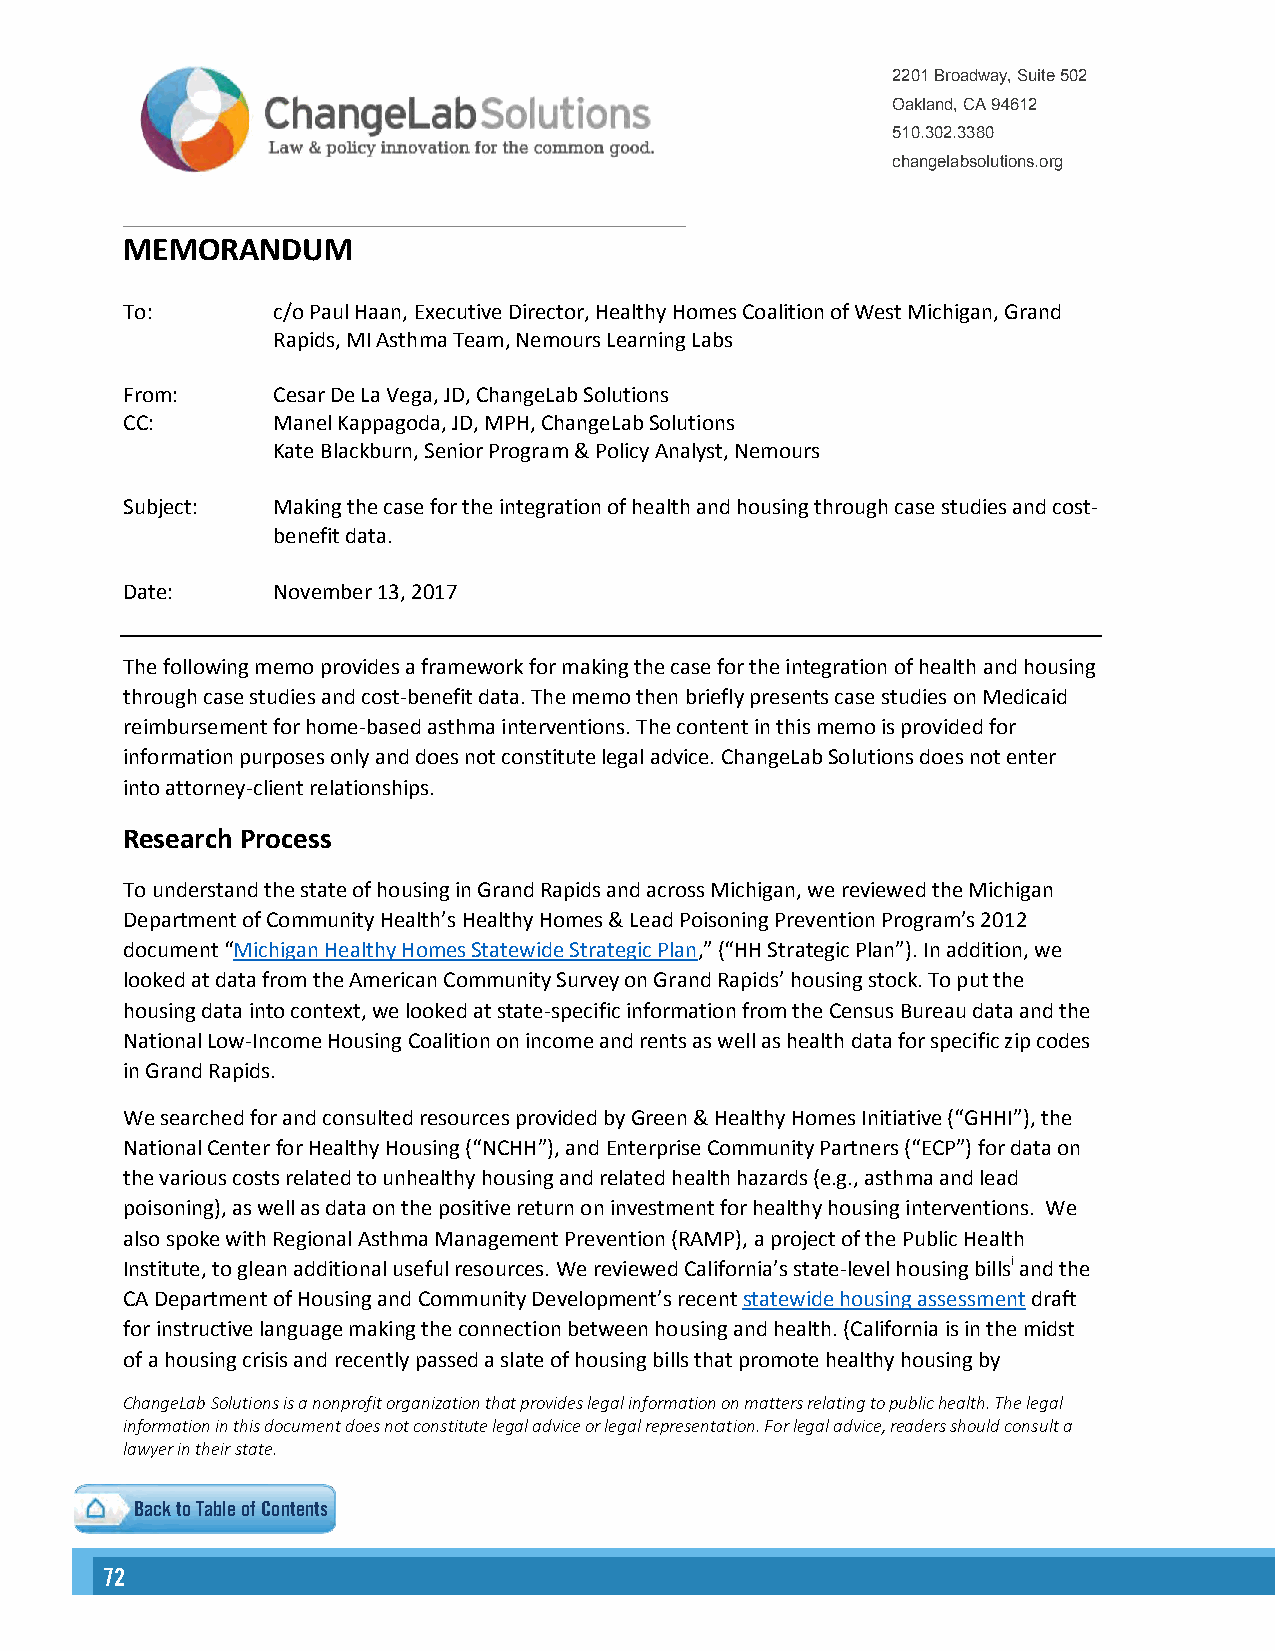
2201 Broadway, Suite 502
 Oakland, CA 94612
 510.302.3380
 changelabsolutions.org
 MEMORANDUM
 To:       c/o Paul Haan, Executive Director, Healthy Homes Coalition of West Michigan, Grand
 Rapids, MI Asthma Team, Nemours Learning Labs
 From:     Cesar De La Vega, JD, ChangeLab Solutions
 CC:       Manel Kappagoda, JD, MPH, ChangeLab Solutions
 Kate Blackburn, Senior Program & Policy Analyst, Nemours
 Subject:  Making the case for the integration of health and housing through case studies and cost-
 benefit data.
 Date:     November 13, 2017
 The following memo provides a framework for making the case for the integration of health and housing
 through case studies and cost-benefit data. The memo then briefly presents case studies on Medicaid
 reimbursement for home-based asthma interventions. The content in this memo is provided for
 information purposes only and does not constitute legal advice. ChangeLab Solutions does not enter
 into attorney-client relationships.
 Research Process
 To understand the state of housing in Grand Rapids and across Michigan, we reviewed the Michigan
 Department of Community Health’s Healthy Homes & Lead Poisoning Prevention Program’s 2012
 document “Michigan Healthy Homes Statewide Strategic Plan,” (“HH Strategic Plan”). In addition, we
 looked at data from the American Community Survey on Grand Rapids’ housing stock. To put the
 housing data into context, we looked at state-specific information from the Census Bureau data and the
 National Low-Income Housing Coalition on income and rents as well as health data for specific zip codes
 in Grand Rapids.
 We searched for and consulted resources provided by Green & Healthy Homes Initiative (“GHHI”), the
 National Center for Healthy Housing (“NCHH”), and Enterprise Community Partners (“ECP”) for data on
 the various costs related to unhealthy housing and related health hazards (e.g., asthma and lead
 poisoning), as well as data on the positive return on investment for healthy housing interventions. We
 also spoke with Regional Asthma Management Prevention (RAMP), a project of the Public Health
 Institute, to glean additional useful resources. We reviewed California’s state-level housing billsi and the
 CA Department of Housing and Community Development’s recent statewide housing assessment draft
 for instructive language making the connection between housing and health. (California is in the midst
 of a housing crisis and recently passed a slate of housing bills that promote healthy housing by
 ChangeLab Solutions is a nonprofit organization that provides legal information on matters relating to public health. The legal
 information in this document does not constitute legal advice or legal representation. For legal advice, readers should consult a
 lawyer in their state.
 Back to Table of Contents
 72                                                                                                                                                        73